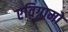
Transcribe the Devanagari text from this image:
एविग्रामों